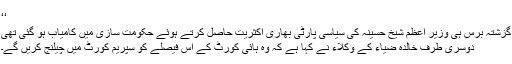
‘‘
گزشتہ برس ہی وزیر اعظم شیخ حسینہ کی سیاسی پارٹی بھاری اکثریت حاصل کرتے ہوئے حکومت سازی میں کامیاب ہو گئی تھی
دوسری طرف خالدہ ضیاء کے وکلاء نے کہا ہے کہ وہ ہائی کورٹ کے اس فیصلے کو سپریم کورٹ میں چیلنج کریں گے۔